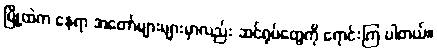
မြို့ထဲက နေရာ အတော်များများမှာလည်း ဆင်ရုပ်တွေကို ရောင်းကြ ပါတယ်။